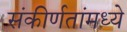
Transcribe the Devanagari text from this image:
संकीर्णतांमध्ये